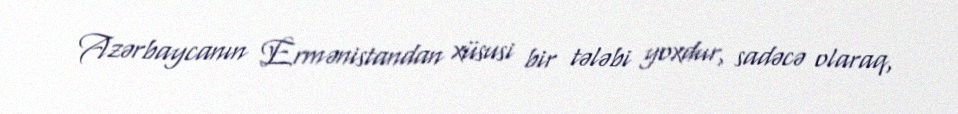
Azərbaycanın Ermənistandan xüsusi bir tələbi yoxdur, sadəcə olaraq,